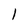
Character: l